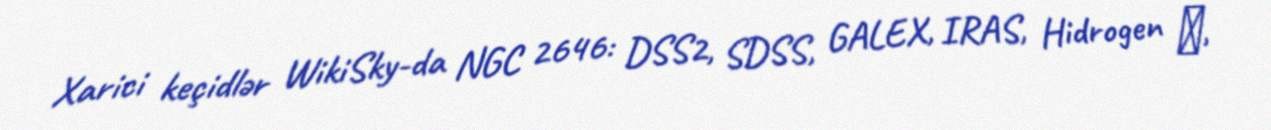
Xarici keçidlər WikiSky-da NGC 2646: DSS2, SDSS, GALEX, IRAS, Hidrogen α,